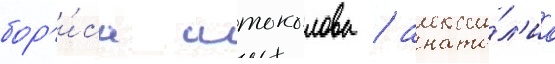
бор'и́са штоколова / анато́л'иа